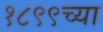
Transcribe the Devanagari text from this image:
१८९९च्या